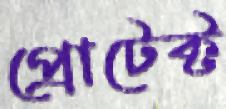
প্রোটেক্ট